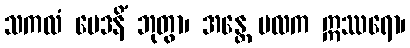
သကလံ မေဒနိံ ဘုတွာ၊ အန္တေ မလက ဣဿရော၊